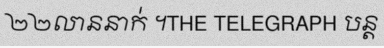
២២លាននាក់ ។THE TELEGRAPH បន្ត